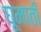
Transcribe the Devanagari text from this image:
घूमाती